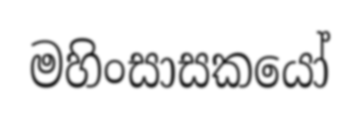
මහිංසාසකයෝ